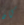
كان